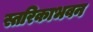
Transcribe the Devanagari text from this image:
स्तरिकाभवन